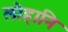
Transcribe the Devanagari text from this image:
लोहानि